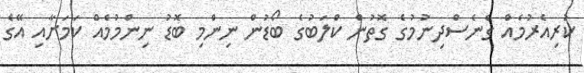
ކުރިއެރުމެއް ގެނެސްދިނުމުގެ ގޮތުން ކްލަބުގެ ބޯޑުން ނިންމި ބޮޑު ނިންމުމެއް ކަމަށާއި އޭގެ